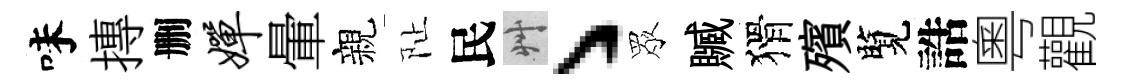
味摶删婵暈親阯民艸丶眾贓猾殯覽誥粵觀